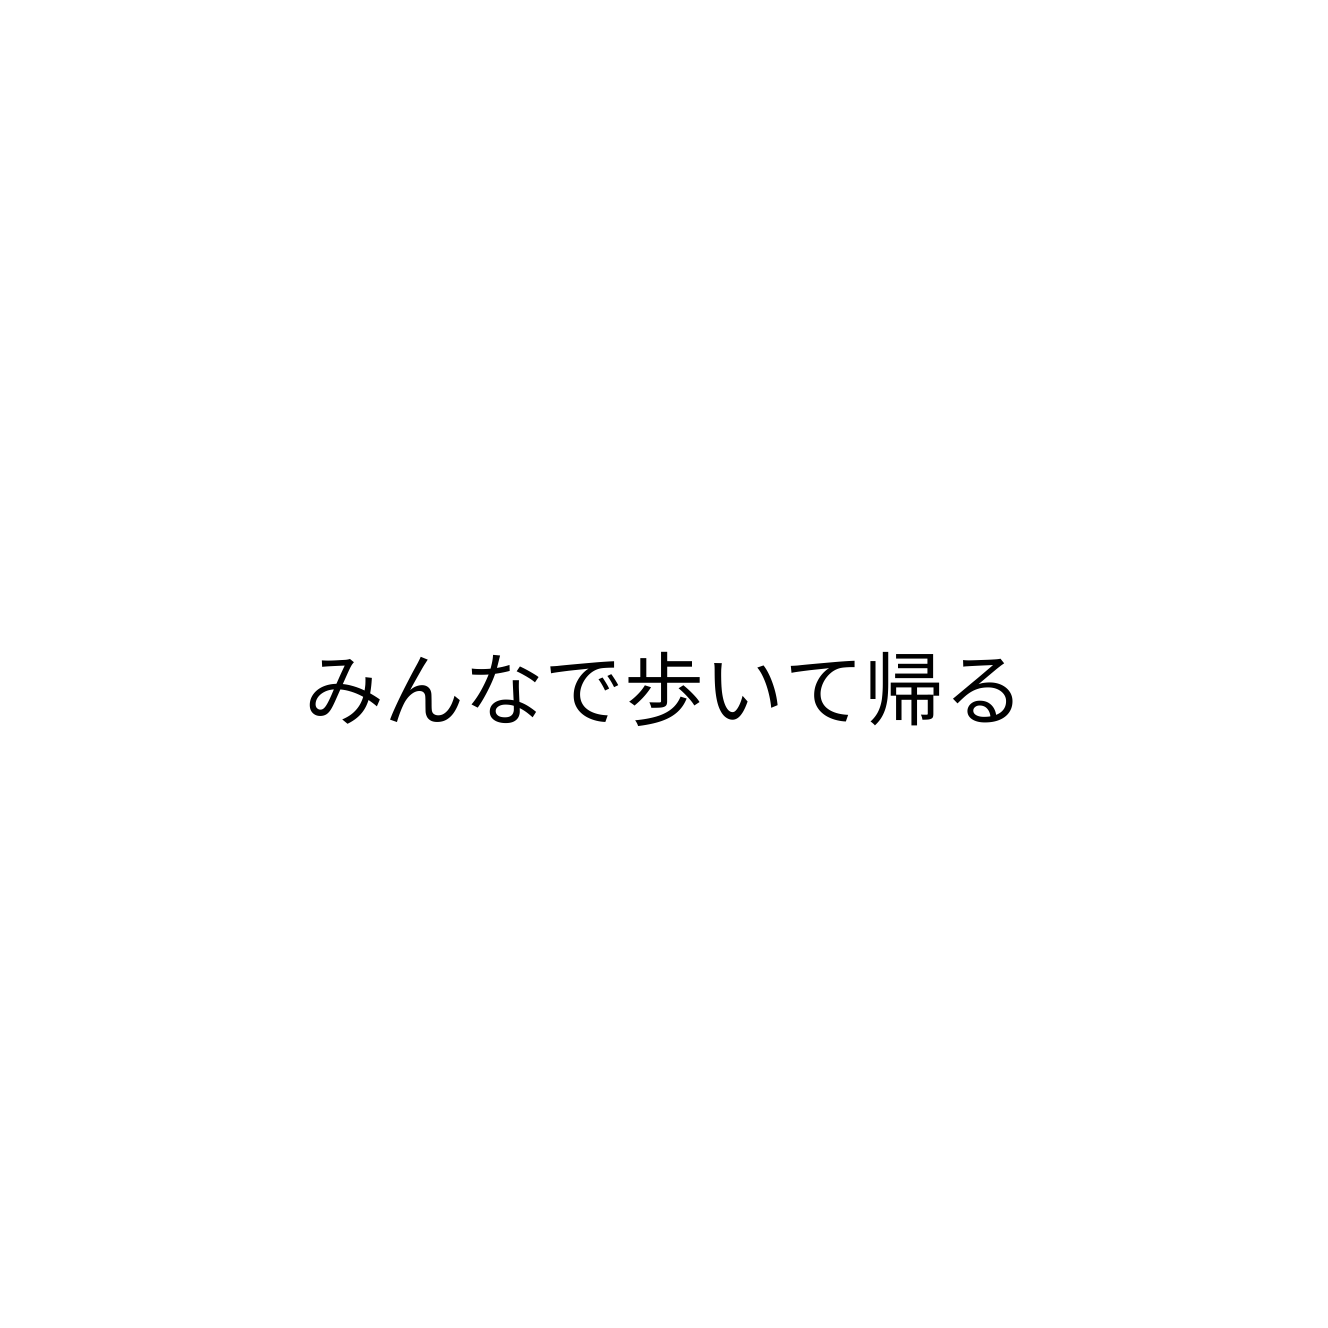
みんなで歩いて帰る